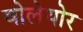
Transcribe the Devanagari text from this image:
वोलेयोर